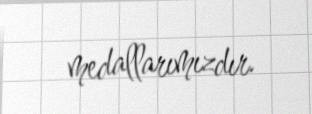
medallarımızdır.